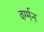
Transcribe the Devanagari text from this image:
वर्ग्मन